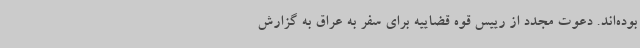
بوده‌اند. دعوت مجدد از رییس قوه قضاییه برای سفر به عراق به گزارش